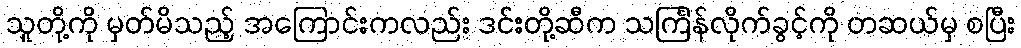
သူတို့ကို မှတ်မိသည့် အကြောင်းကလည်း ဒင်းတို့ဆီက သင်္ကြန်လိုက်ခွင့်ကို တဆယ်မှ စပြီး